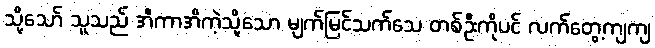
သို့သော် သူသည် အီကာအိကဲ့သို့သော မျက်မြင်သက်သေ တစ်ဦးကိုပင် လက်တွေ့ကျကျ